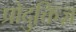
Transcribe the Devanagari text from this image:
प्रोदुक्तिज़